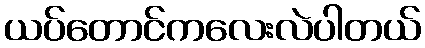
ယပ်တောင်ကလေးလဲပါတယ်